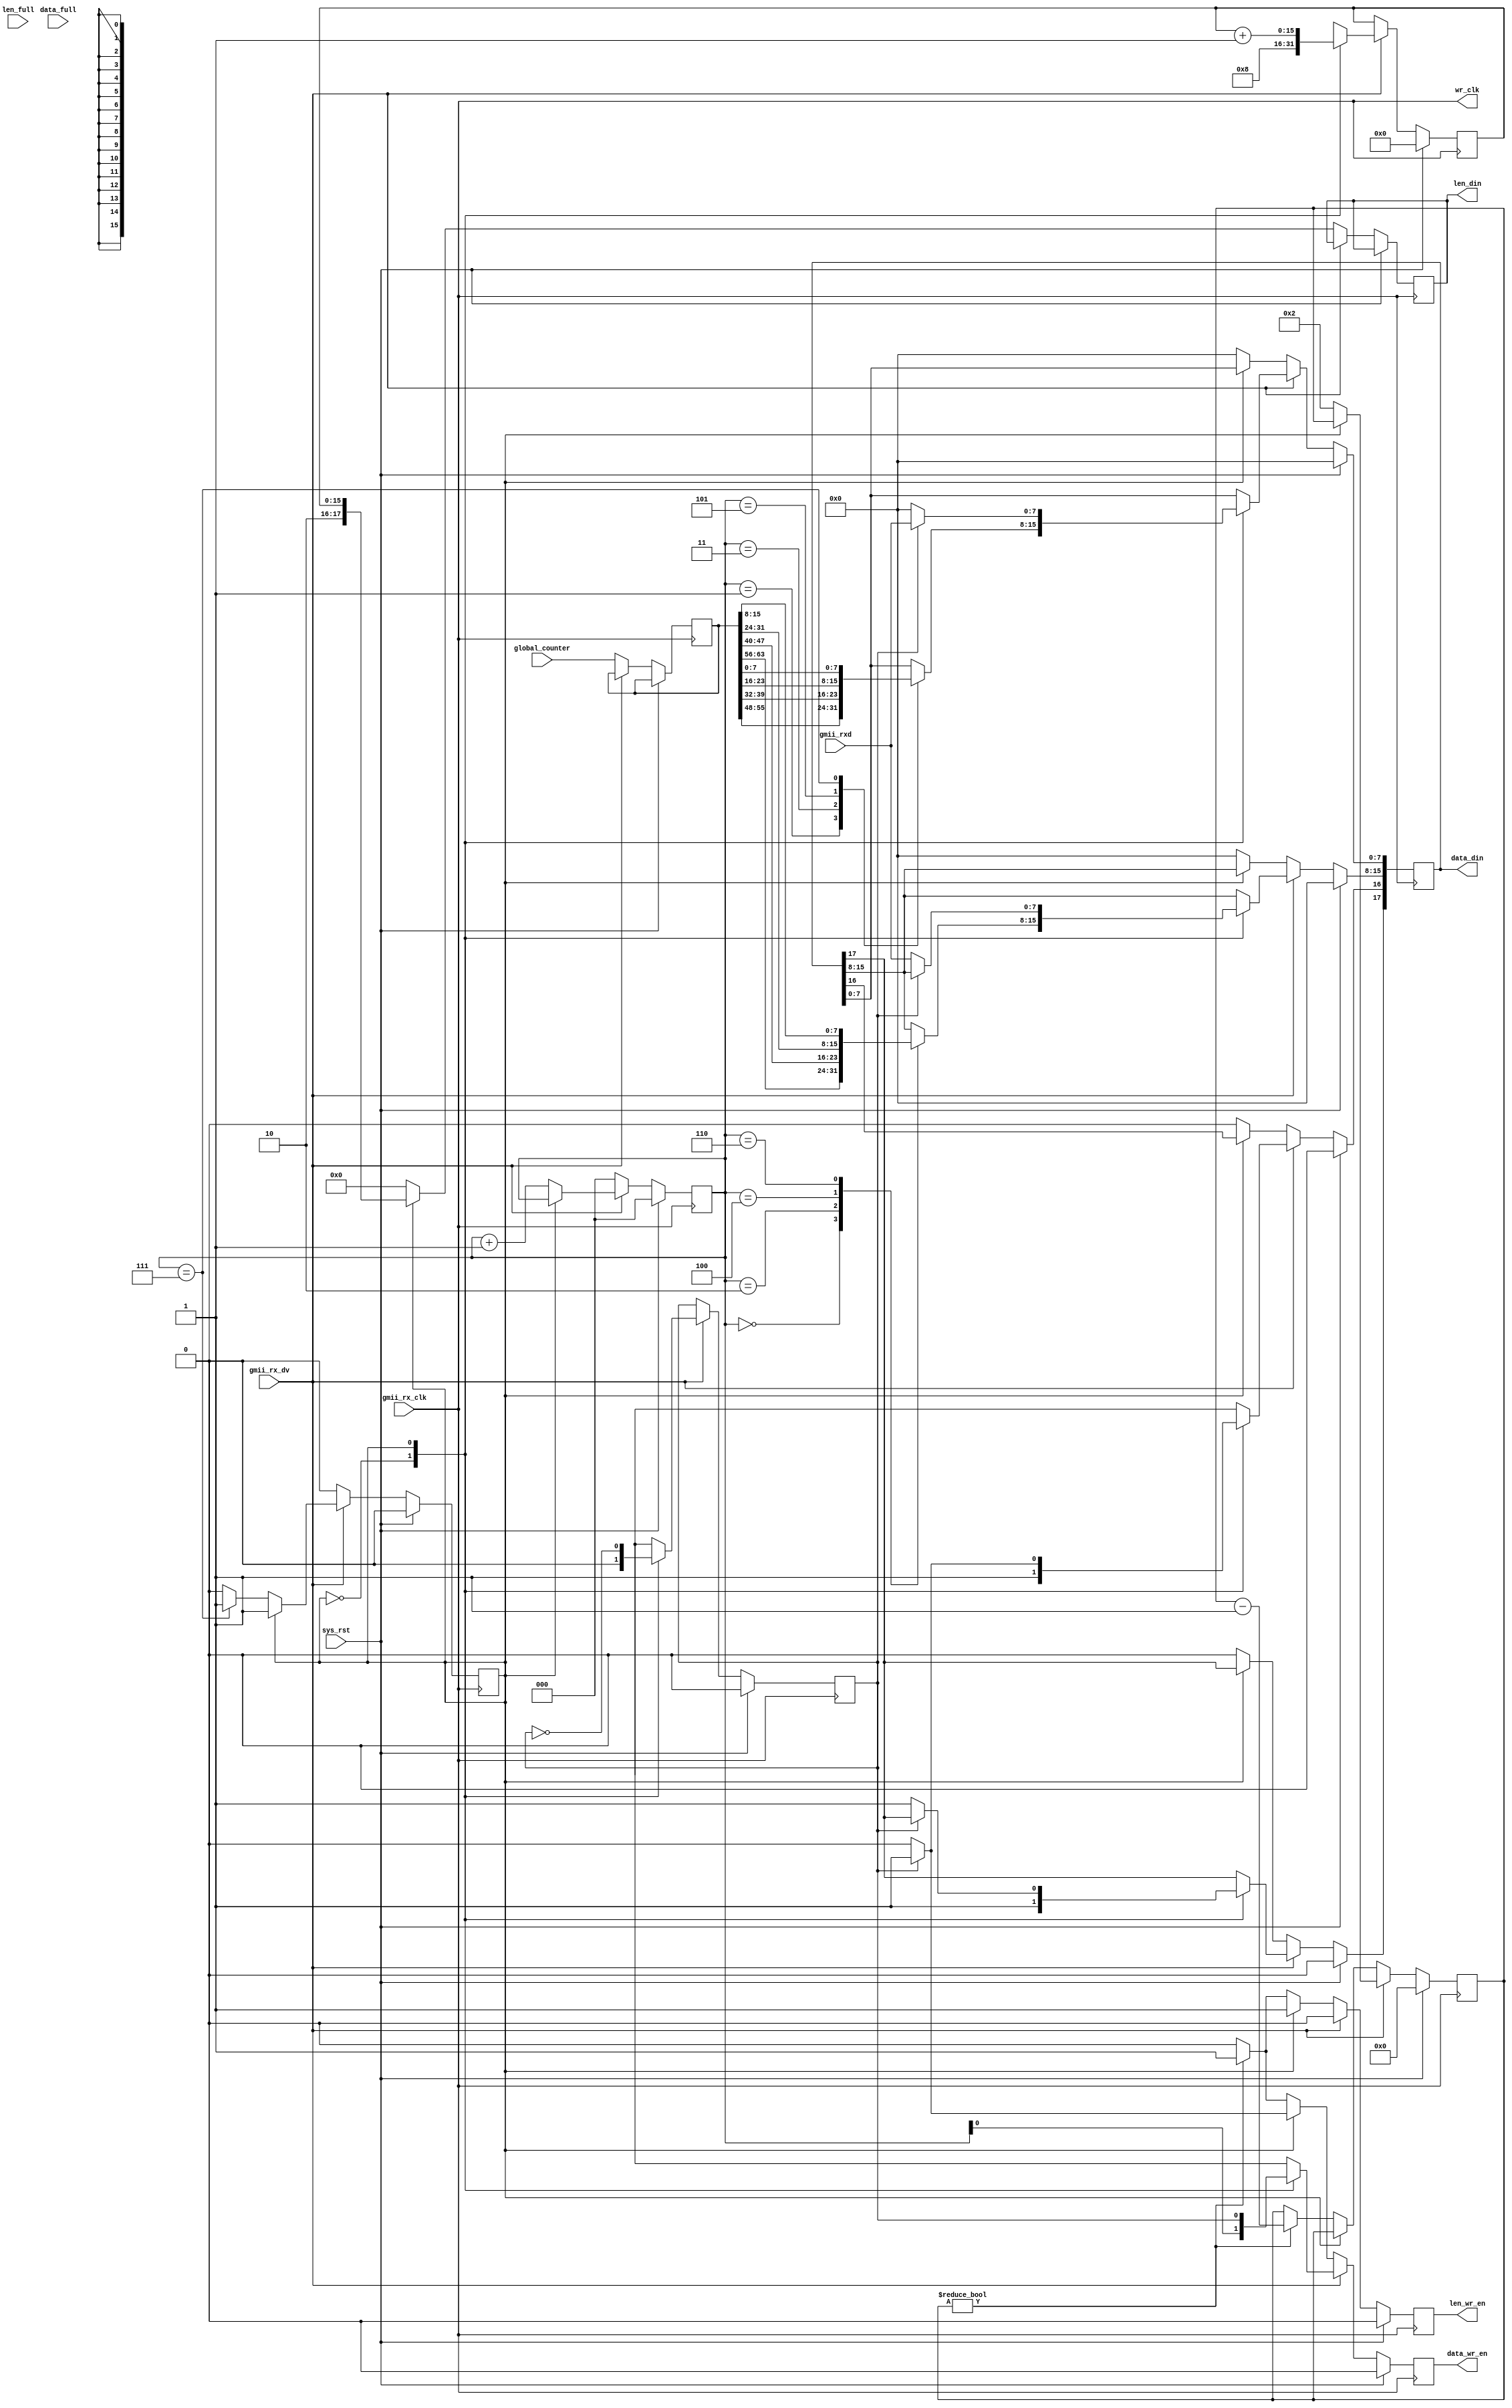
module gmii2fifo18 # (
	parameter Gap = 4'h2
) (
	input sys_rst,
	input [63:0] global_counter,
	input gmii_rx_clk,
	input gmii_rx_dv,
	input [7:0] gmii_rxd,
	// DATA FIFO
	output [17:0] data_din,
	input data_full,
	output reg data_wr_en,
	// LENGTH FIFO
	output reg [17:0] len_din,
	input len_full,
	output reg len_wr_en,
	output wr_clk
);

assign wr_clk = gmii_rx_clk;

parameter STATE_SFD  = 1'h0;
parameter STATE_DATA = 1'h1;
reg state;

reg [63:0] global_counter_latch;
reg [2:0] sfd_count;
reg [15:0] frame_len;
reg data_odd;

//-----------------------------------
// logic
//-----------------------------------
reg [17:0] rxd = 18'h000;
reg rxc = 1'b0;
reg [3:0] gap_count = 4'h0;
always @(posedge gmii_rx_clk) begin
	if (sys_rst) begin
		gap_count <= 4'h0;
		sfd_count <= 3'h0;
		data_odd <= 1'b0;
		frame_len <= 16'h0;
		rxd <= 18'h000;
		data_wr_en <= 1'b0;
		len_wr_en <= 1'b0;
		state <= STATE_SFD;
	end else begin
		data_wr_en <= 1'b0;
		len_wr_en <= 1'b0;
		if (gmii_rx_dv == 1'b1) begin
			case (state)
				STATE_SFD: begin
					gap_count <= Gap;
					sfd_count <= sfd_count + 3'h1;
					data_odd <= 1'b0;
					frame_len <= 16'h8;
					rxd[17:16] <= 2'b11;
					case (sfd_count)
						3'h0: rxd[15:8] <= global_counter_latch[63:56];
						3'h1: rxd[ 7:0] <= global_counter_latch[55:48];
						3'h2: rxd[15:8] <= global_counter_latch[47:40];
						3'h3: rxd[ 7:0] <= global_counter_latch[39:32];
						3'h4: rxd[15:8] <= global_counter_latch[31:24];
						3'h5: rxd[ 7:0] <= global_counter_latch[23:16];
						3'h6: rxd[15:8] <= global_counter_latch[15: 8];
						3'h7: rxd[ 7:0] <= global_counter_latch[ 7: 0];
					endcase
	       	 			data_wr_en <= sfd_count[0];
					if (sfd_count == 3'h7)
						state <= STATE_DATA;
				end
				STATE_DATA: begin
					frame_len <= frame_len + 16'h1;
					data_odd <= ~data_odd;
	       		 		data_wr_en <= data_odd;
					if (data_odd == 1'b0) begin
						rxd[17:0] <= {2'b10, gmii_rxd[7:0], 8'h00};
					end else begin
						rxd[16] <= 1'b1;
						rxd[7:0] <= gmii_rxd[7:0];
					end
				end
			endcase
		end else begin
			global_counter_latch[63:0] <= global_counter[63:0];
			sfd_count <= 3'h0;
			state <= STATE_SFD;
			if (state == STATE_DATA) begin
				if (data_odd == 1'b1) begin
	       		 		data_wr_en <= 1'b1;
				end
				len_din[17:0] <= {2'b10, frame_len};
				len_wr_en <= 1'b1;
			end else begin
				rxd <= 18'h000;
				rxd[17:0] <= 18'h00;
				len_din <= 18'h0;
				if (gap_count != 4'h0) begin
					data_wr_en <= 1'b1;
					len_wr_en <= 1'b1;
					gap_count <= gap_count - 4'h1;
				end
			end
		end
	end
end

assign data_din[17:0] = rxd[17:0];

endmodule